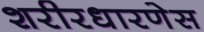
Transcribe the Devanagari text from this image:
शरीरधारणेस